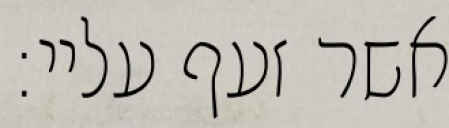
אשר זעף עליי: